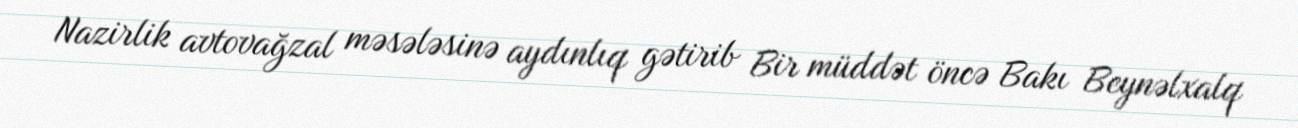
Nazirlik avtovağzal məsələsinə aydınlıq gətirib Bir müddət öncə Bakı Beynəlxalq